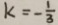
k = - \frac { 1 } { 3 }